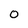
Character: 0